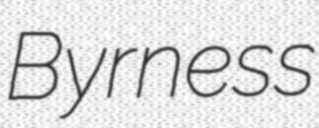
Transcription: Byrness